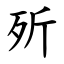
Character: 歽